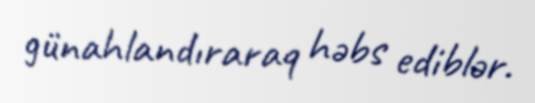
günahlandıraraq həbs ediblər.